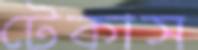
টেকাস